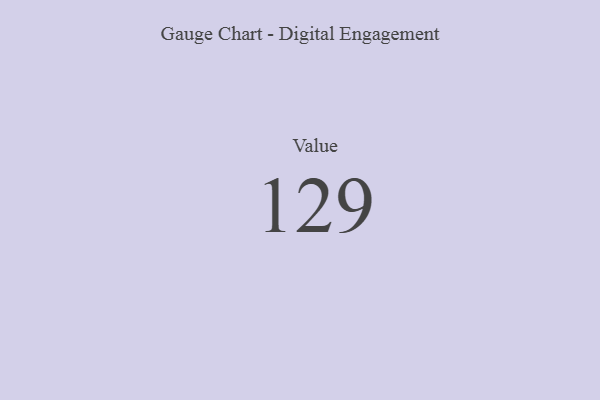
{"axis": {"x": "Metric", "y": "Value"}, "legend": [""], "data": [{"x": "Value", "y": 129, "type": ""}]}